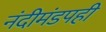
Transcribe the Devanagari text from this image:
नंदीमंडपही